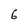
Character: 6